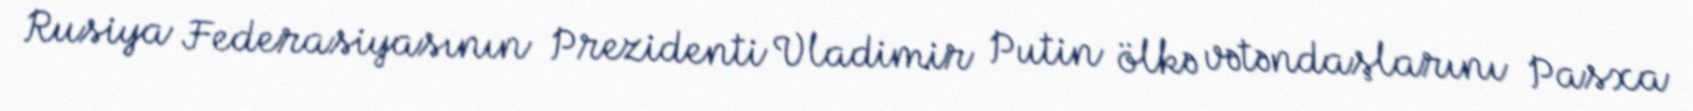
Rusiya Federasiyasının Prezidenti Vladimir Putin ölkə vətəndaşlarını Pasxa